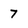
Character: 7